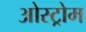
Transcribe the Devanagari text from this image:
ओस्ट्रोम